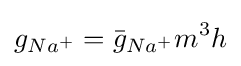
{g}_{Na^{+}}={\bar {g}}_{Na^{+}}m^{3}h